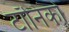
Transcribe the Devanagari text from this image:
टॉनिकों